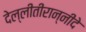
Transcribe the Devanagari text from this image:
देल्लीतीरान्नीदे